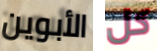
الأبوين كل